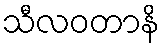
သီလဝတာနိ